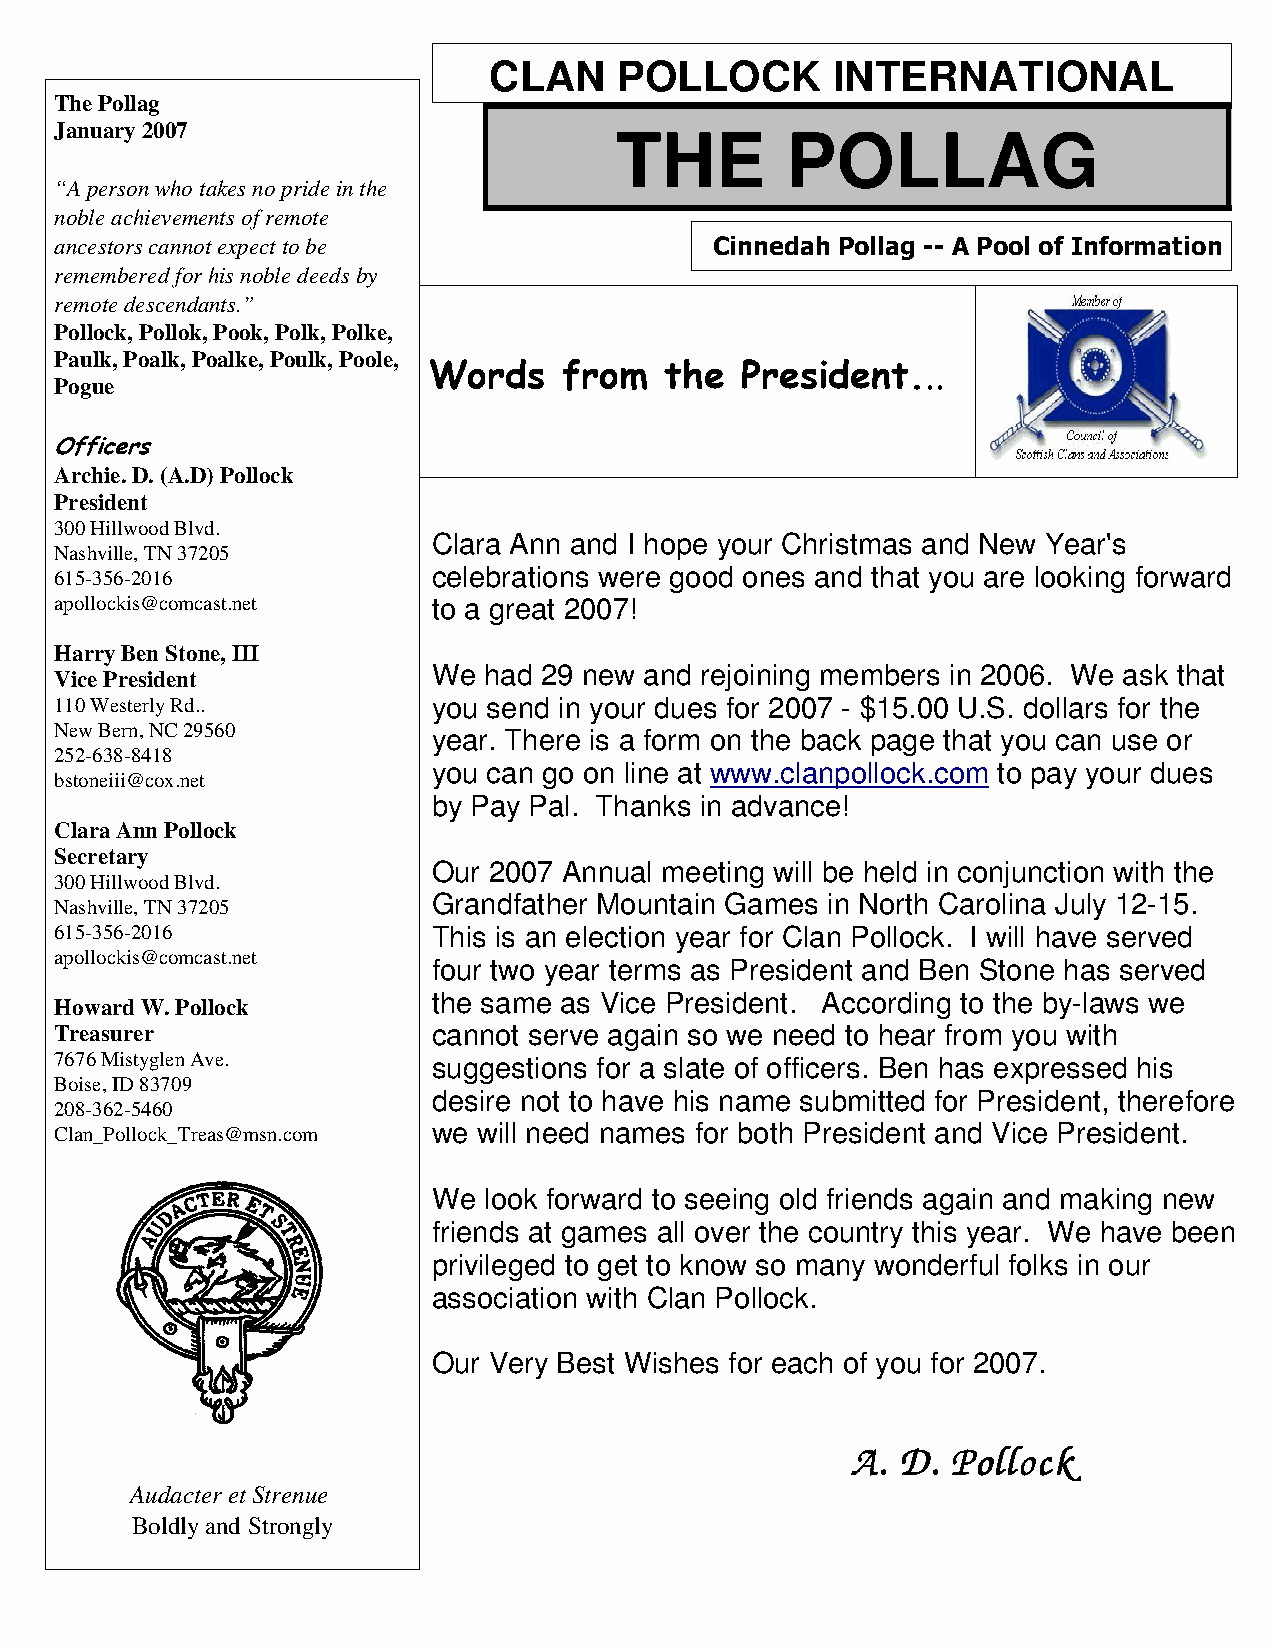
CLAN     POLLOCK       INTERNATIONAL
 The Pollag
 January 2007
 THE        POLLAG
 “A person who takes no pride in the
 noble achievements of remote
 ancestors cannot expect to be              Cinnedah Pollag -- A Pool of Information
 remembered for his noble deeds by
 remote descendants.”
 Pollock, Pollok, Pook, Polk, Polke,
 Paulk, Poalk, Poalke, Poulk, Poole, Words from the President...
 Pogue
 Officers
 Archie. D. (A.D) Pollock
 President
 300 Hillwood Blvd.
 Clara Ann and I hope your Christmas and New Year's
 Nashville, TN 37205
 615-356-2016             celebrations were good ones and that you are looking forward
 apollockis@comcast.net   to a great 2007!
 Harry Ben Stone, III
 We had 29 new and rejoining members in 2006. We ask that
 Vice President
 110 Westerly Rd..        you send in your dues for 2007 - $15.00 U.S. dollars for the
 New Bern, NC 29560
 year. There is a form on the back page that you can use or
 252-638-8418
 you can go on line at www.clanpollock.com to pay your dues
 bstoneiii@cox.net
 by Pay Pal. Thanks in advance!
 Clara Ann Pollock
 Secretary
 Our 2007 Annual meeting will be held in conjunction with the
 300 Hillwood Blvd.
 Grandfather Mountain Games in North Carolina July 12-15.
 Nashville, TN 37205
 615-356-2016             This is an election year for Clan Pollock. I will have served
 apollockis@comcast.net
 four two year terms as President and Ben Stone has served
 the same as Vice President. According to the by-laws we
 Howard W. Pollock
 Treasurer                cannot serve again so we need to hear from you with
 7676 Mistyglen Ave.      suggestions for a slate of officers. Ben has expressed his
 Boise, ID 83709
 desire not to have his name submitted for President, therefore
 208-362-5460
 Clan_Pollock_Treas@msn.com we will need names for both President and Vice President.
 We look forward to seeing old friends again and making new
 friends at games all over the country this year. We have been
 privileged to get to know so many wonderful folks in our
 association with Clan Pollock.
 Our Very Best Wishes for each of you for 2007.
 AAAA.... DDDD.... PPPPoooolllllllloooocccckkkk
 Audacter et Strenue
 Boldly and Strongly